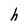
Character: h